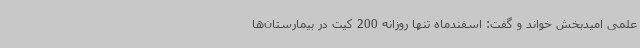
علمی امیدبخش خواند و گفت: اسفندماه تنها روزانه 200 کیت در بیمارستان‌ها